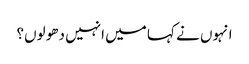
انہوں نے کہا میں انہیں دھو لوں؟